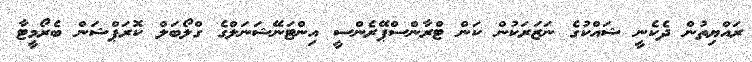
ރައްޔިތުން ދެކެނީ ޝައްކުގެ ނަޒަރަކުން ކަން ޓްރާންސްޕޭރެންސީ އިންޓަނޭޝަނަލްގެ ގްލޯބަލް ކޮރަޕްޝަން ބެރޯމީޓާ